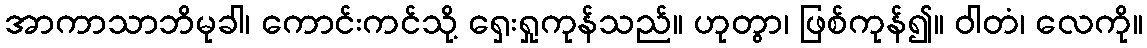
အာကာသာဘိမုခါ၊ ကောင်းကင်သို့ ရှေးရှုကုန်သည်။ ဟုတွာ၊ ဖြစ်ကုန်၍။ ဝါတံ၊ လေကို။